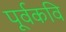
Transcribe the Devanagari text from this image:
पूर्वकवि